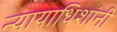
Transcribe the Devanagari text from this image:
न्यायाधिशांनी